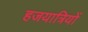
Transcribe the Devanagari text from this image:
हजयात्रियों